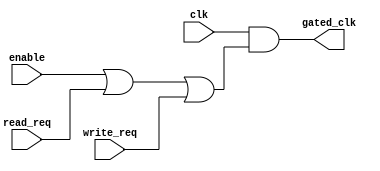
module clock_gating_ctrl (
    input wire clk,           // Main clock
    input wire enable,        // Enable signal for the memory block
    input wire read_req,      // Read request signal
    input wire write_req,     // Write request signal
    output wire gated_clk     // Gated clock output
);
    // Logic to determine when to gate the clock
    assign gated_clk = clk & (enable | read_req | write_req);
endmodule